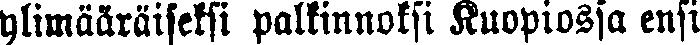
ylimääräiseksi palkinnoksi Kuopiossa ensi